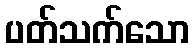
ပတ်သက်သော